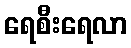
ရေစီးရေလာ